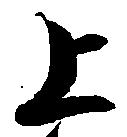
上